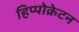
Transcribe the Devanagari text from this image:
हिप्पोक्रेटन